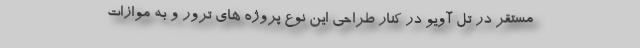
مستقر در تل آویو در کنار طراحی این نوع پروژه های ترور و به موازات